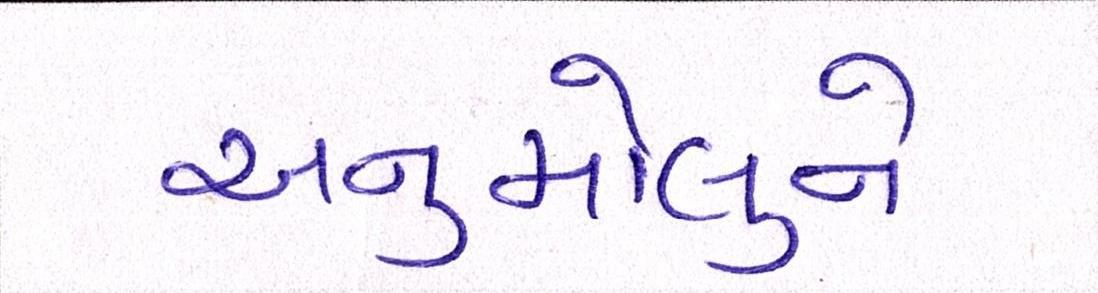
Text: અનુમોલુને